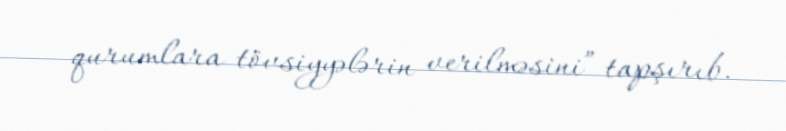
qurumlara tövsiyyələrin verilməsini” tapşırıb.